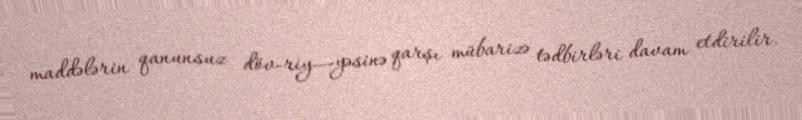
maddələrin qanunsuz döv­riy­­­yəsinə qarşı mübarizə tədbirləri davam etdirilir.